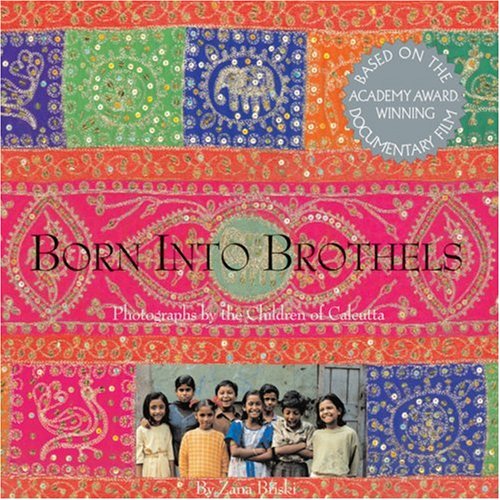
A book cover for Born into Brothels: Photographs by the Children of Calcutta; Zana Briski; Arts & Photography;